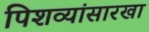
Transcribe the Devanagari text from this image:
पिशव्यांसारखा